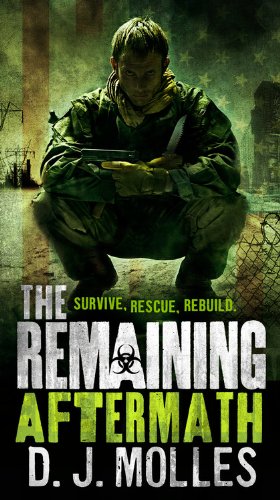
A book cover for The Remaining: Aftermath; D.J. Molles; Mystery, Thriller & Suspense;